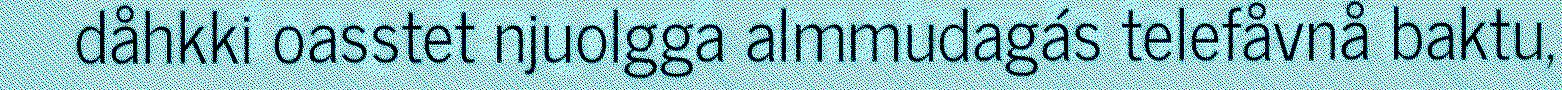
dåhkki oasstet njuolgga almmudagás telefåvnå baktu,